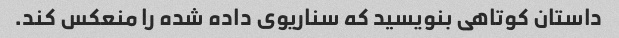
داستان کوتاهی بنویسید که سناریوی داده شده را منعکس کند.